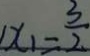
x _ { 1 } = \frac { 3 } { 2 }